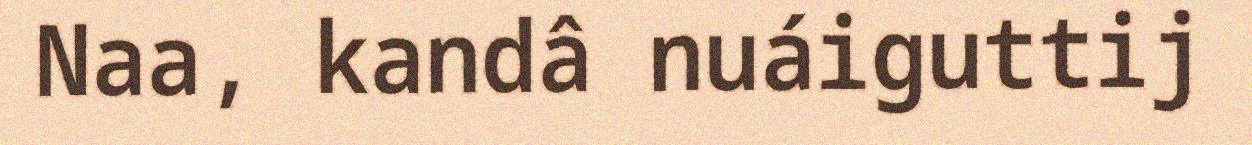
Naa, kandâ nuáiguttij